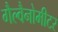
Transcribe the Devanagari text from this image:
गैल्वैनोमीटर